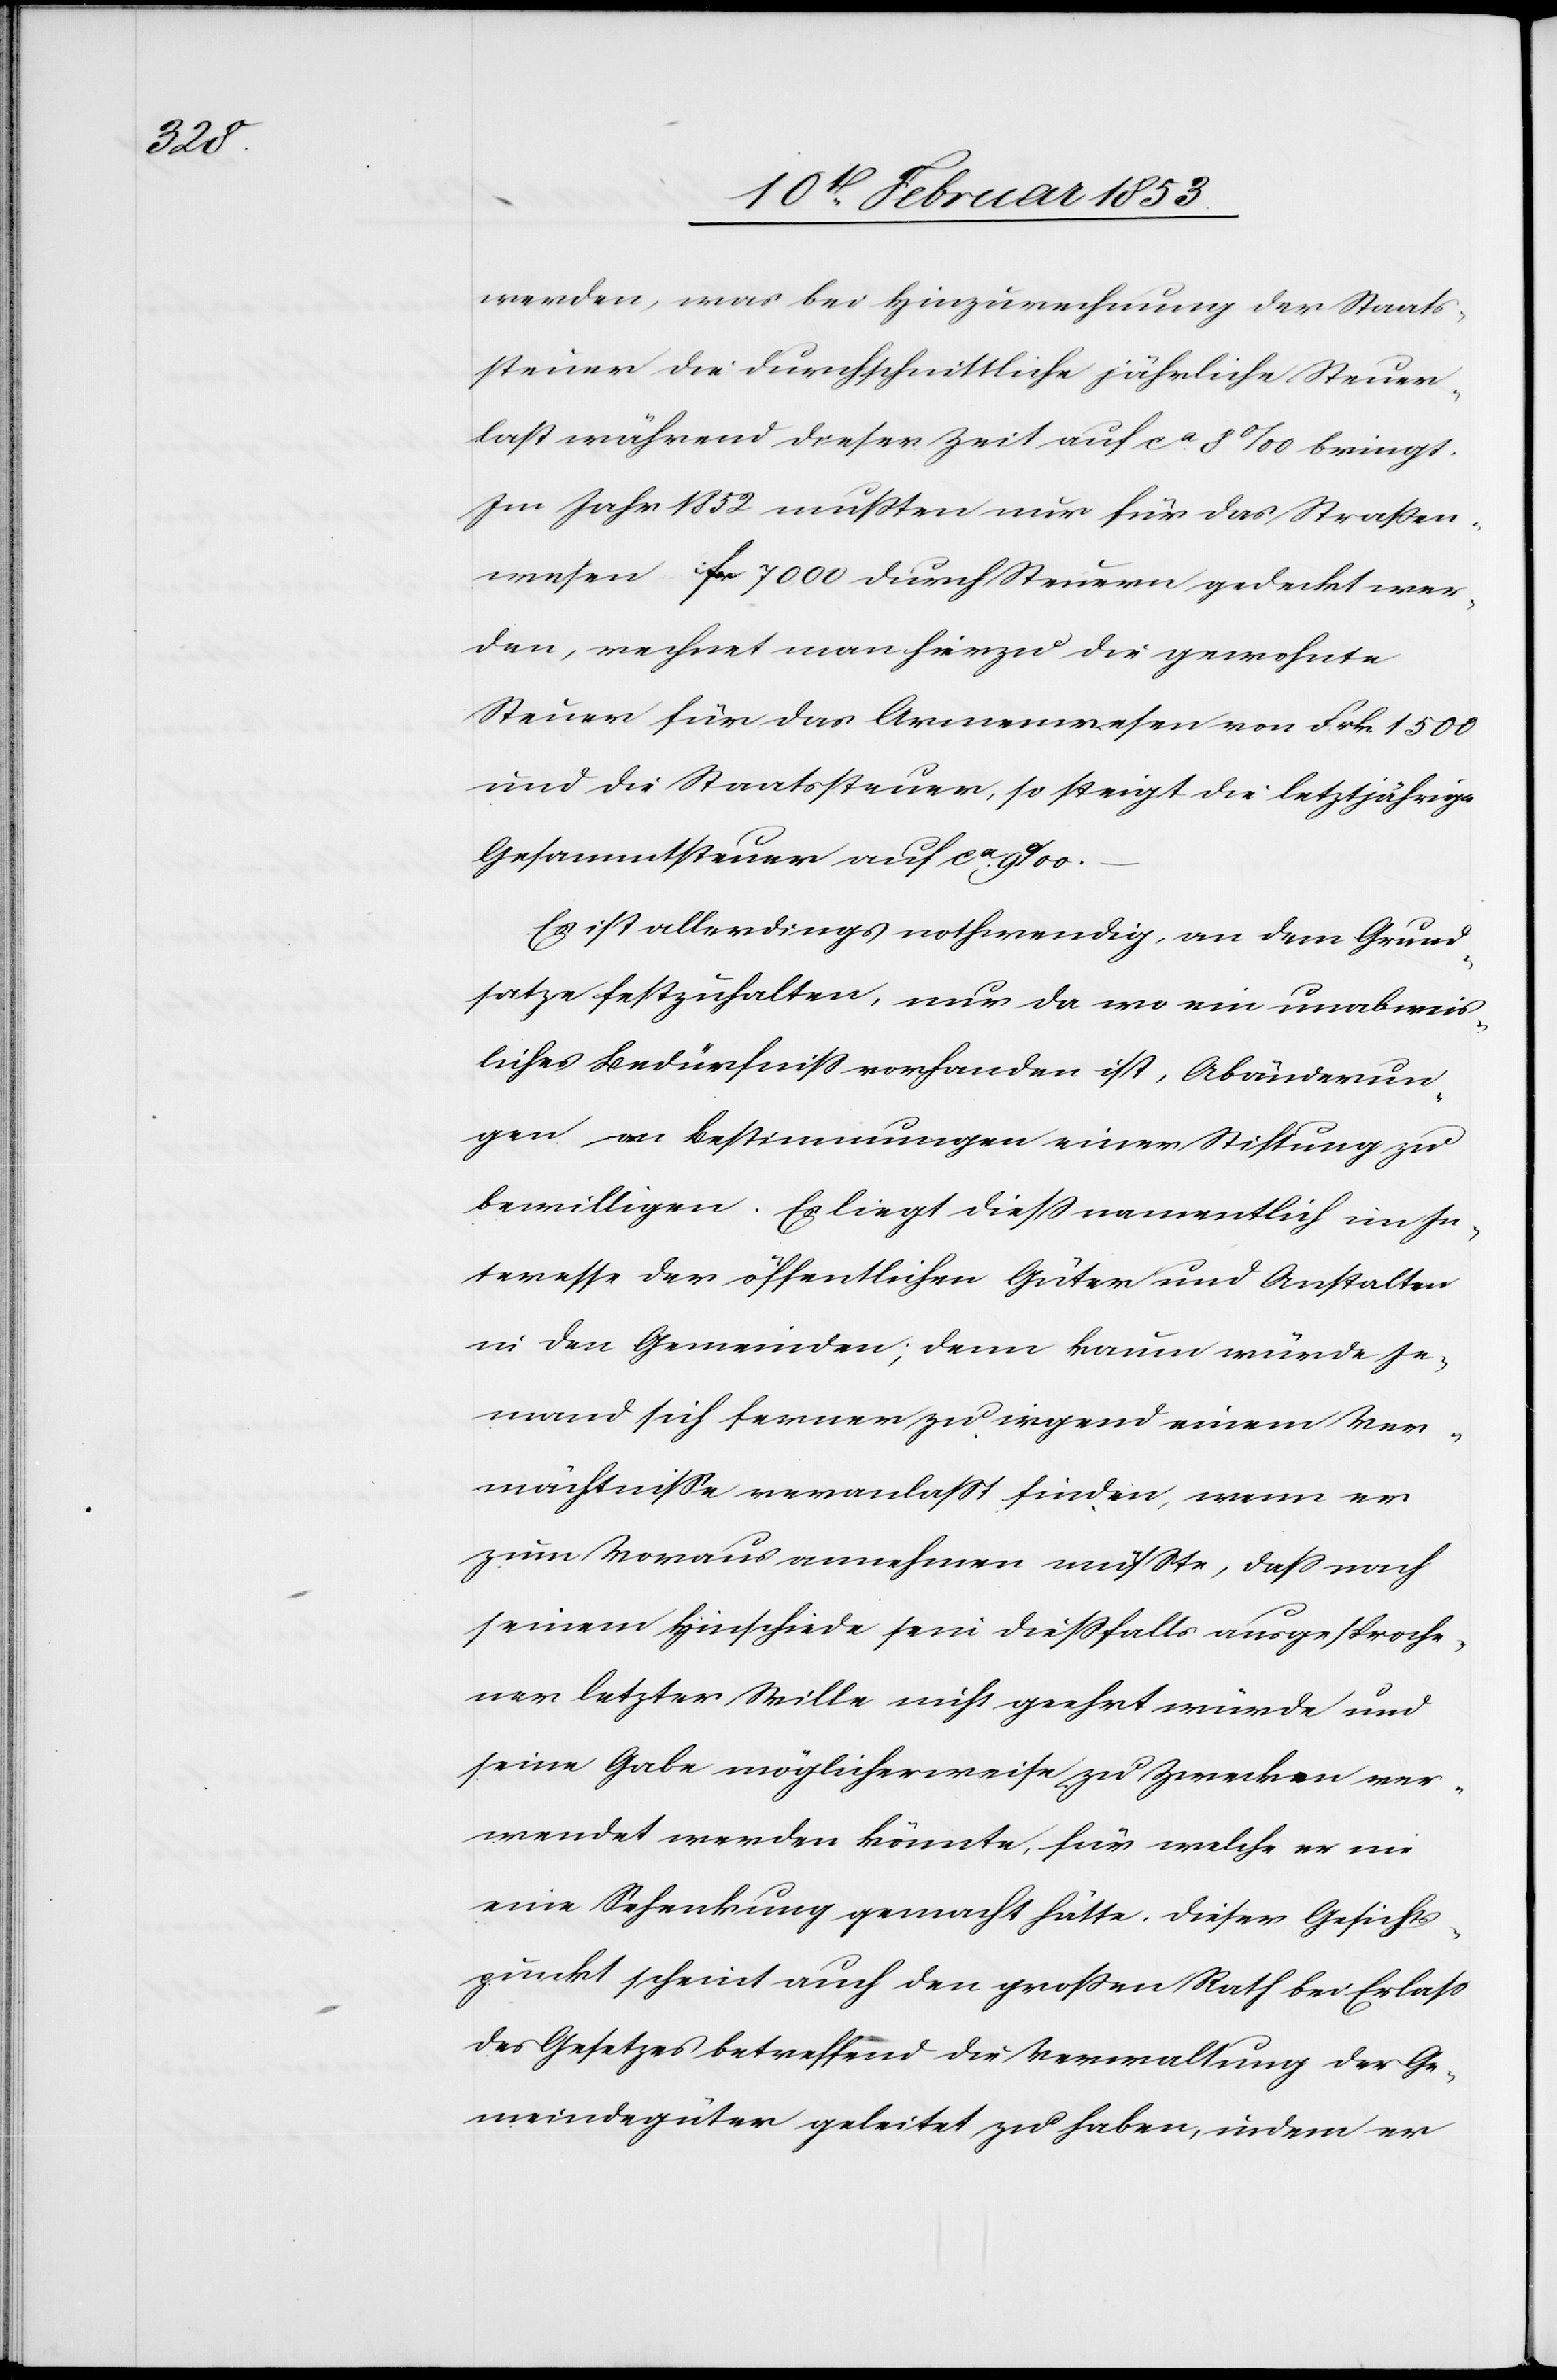
hältnisse

werden, was bei Hinzurechnung der Staats¬
steuer die durchschnittliche jährliche Steuer¬
last während dieser Zeit auf ca. 8 ‰ bringt.
Im Jahr 1852 mußten nur für das Straßen¬
wesen fr. 7000 durch Steuern gedeckt wer¬
den, rechnet man hierzu die gewohnte
Steuer für das Armenwesen von Frk. 1500
und die Staatssteuer, so steigt die letztjährige
Gesammtsteuer auf ca. 9 ‰.
Es ist allerdings nothwendig, an dem Grund¬
satze festzuhalten, nur da wo ein unabweis¬
liches Bedürfniß vorhanden ist, Abänderun¬
gen an Bestimmungen einer Stiftung zu
bewilligen. Es liegt dieß namentlich im In¬
teresse der öffentlichen Güter und Anstalten
in den Gemeinden; denn kaum würde Je¬
mand sich ferner zu irgend einem Ver¬
zum Voraus annehmen müßte, daß nach
seinem Hinschiede sein dießfalls ausgesproche¬
ner letzter Wille nicht geehrt würde und
seine Gabe möglicherweise zu Zwecken ver¬
wendet werden könnte, für welche er nie
eine Schenkung gemacht hätte. Dieser Gesichts¬
punkt scheint auch den großen Rath bei Erlaß
des Gesetzes betreffend die Verwaltung der Ge¬
meindgüter geleitet zu haben, indem er